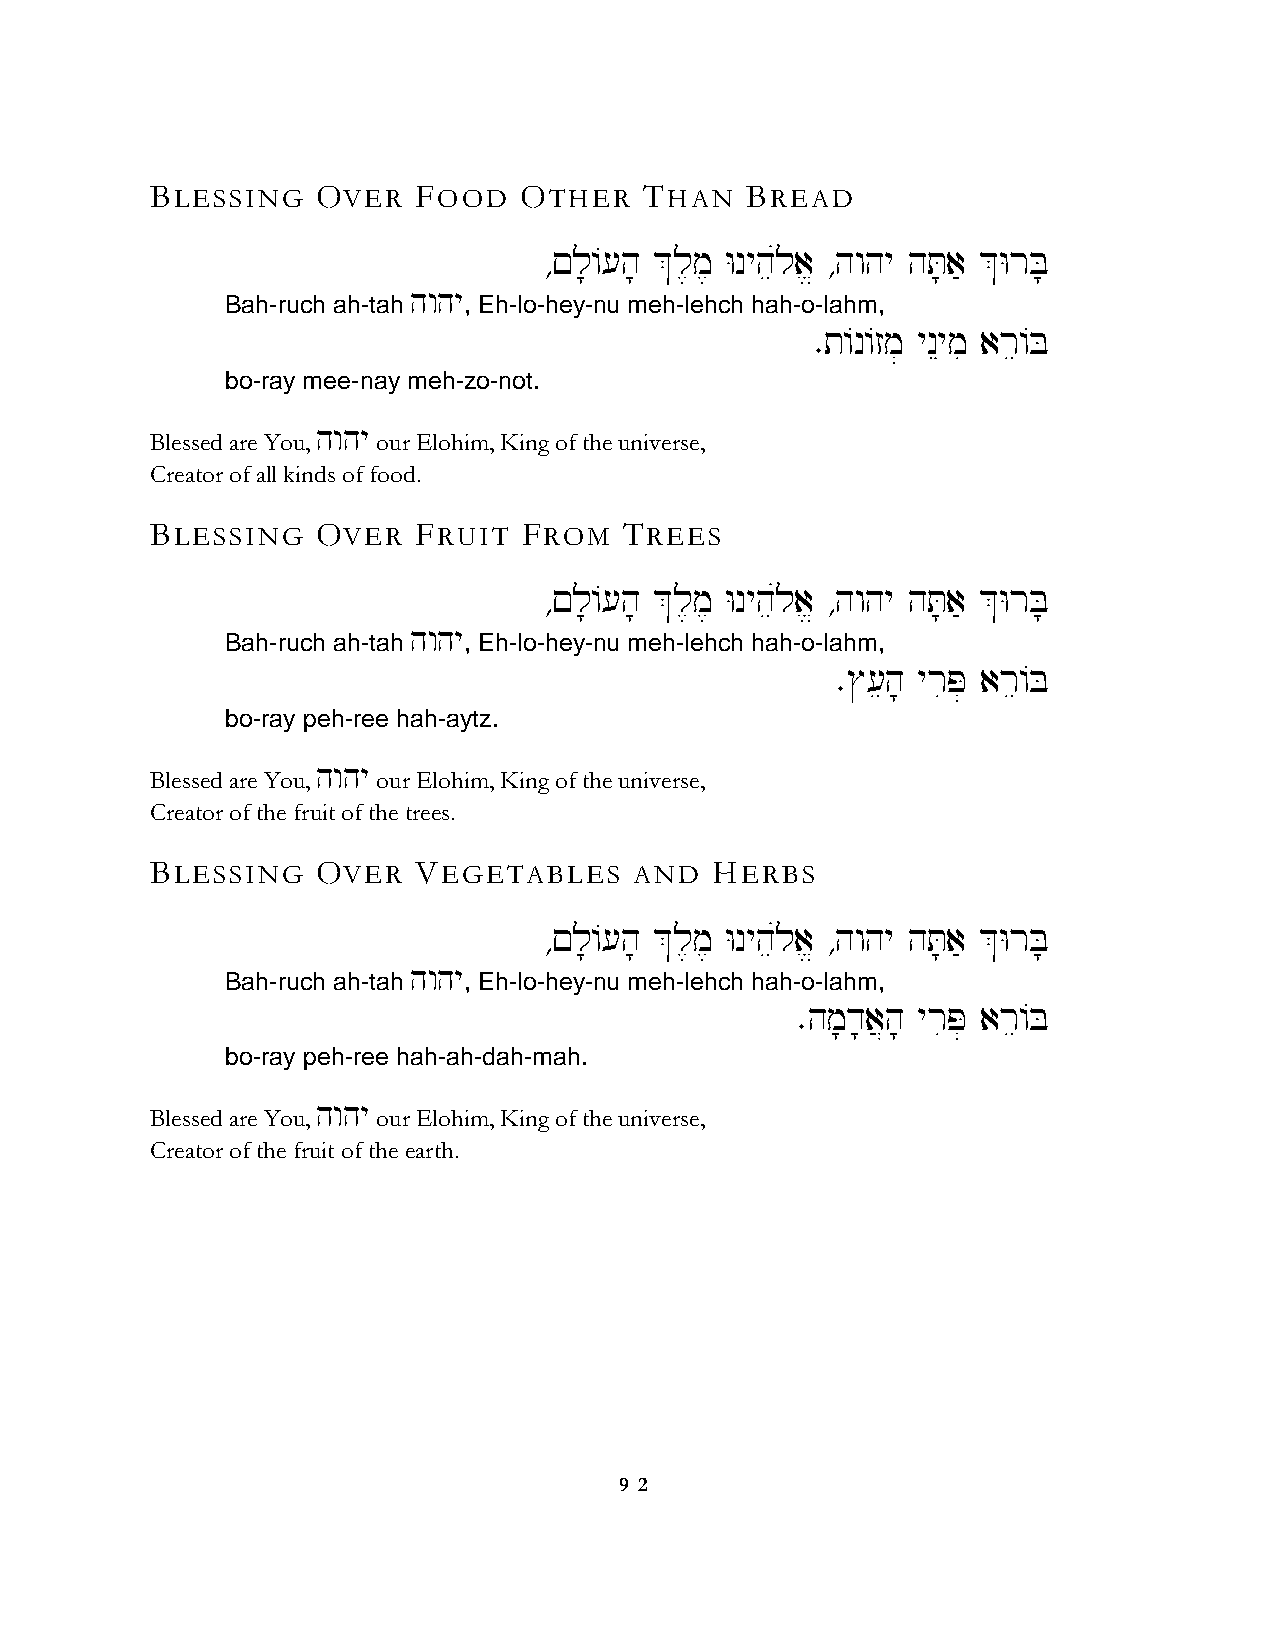
BLESSING   OVER   FOOD  OTHER    THAN  BREAD
 ∆!l;/[h; &l,m, Wnyheúla> ∆hwhy hT;a' &WrB;
 hwhy
 Bah-ruch ah-tah , Eh-lo-hey-nu meh-lehch hah-o-lahm,
 ∑t/n/zm] ynEymi are/B
 bo-ray mee-nay meh-zo-not.
 hwhy
 Blessed are You, our Elohim, King of the universe,
 Creator of all kinds of food.
 BLESSING   OVER   FRUIT  FROM  TREES
 ∆!l;/[h; &l,m, Wnyheúla> ∆hwhy hT;a' &WrB;
 hwhy
 Bah-ruch ah-tah , Eh-lo-hey-nu meh-lehch hah-o-lahm,
 ∑$[eh; yriP] are/B
 bo-ray peh-ree hah-aytz.
 hwhy
 Blessed are You, our Elohim, King of the universe,
 Creator of the fruit of the trees.
 BLESSING   OVER   VEGETABLES    AND  HERBS
 ∆!l;/[h; &l,m, Wnyheúla> ∆hwhy hT;a' &WrB;
 hwhy
 Bah-ruch ah-tah , Eh-lo-hey-nu meh-lehch hah-o-lahm,
 ∑hm;d;a}h; yriP] are/B
 bo-ray peh-ree hah-ah-dah-mah.
 hwhy
 Blessed are You, our Elohim, King of the universe,
 Creator of the fruit of the earth.
 9 2